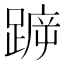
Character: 𨂫